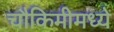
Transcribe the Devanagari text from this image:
चौकिमीमध्ये